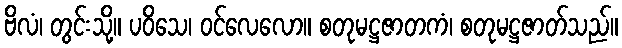
ဗိလံ၊ တွင်းသို့။ ပဝိသေ၊ ဝင်လေလော။ စတုမဋ္ဌဇာတကံ၊ စတုမဋ္ဌဇာတ်သည်။